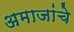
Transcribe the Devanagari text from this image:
अमाजांचे